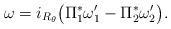
LaTeX: \begin{gather*}\omega = i_{R_\theta} \big(\Pi_1^*\omega'_1 - \Pi_2^*\omega'_2\big).\end{gather*}